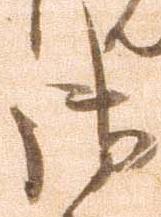
御